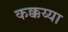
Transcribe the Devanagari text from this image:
कक्कय्या